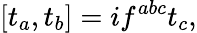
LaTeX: [t_{a},t_{b}]=if^{abc}t_{c},